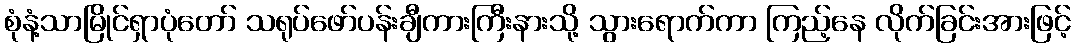
စုံနံ့သာမြိုင်ရှာပုံတော် သရုပ်ဖော်ပန်းချီကားကြီးနားသို့ သွားရောက်ကာ ကြည့်နေ လိုက်ခြင်းအားဖြင့်